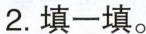
2.填一填。